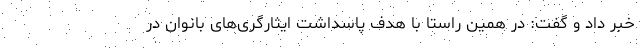
خبر داد و گفت: در همین راستا با هدف پاسداشت ایثارگری‌های بانوان در